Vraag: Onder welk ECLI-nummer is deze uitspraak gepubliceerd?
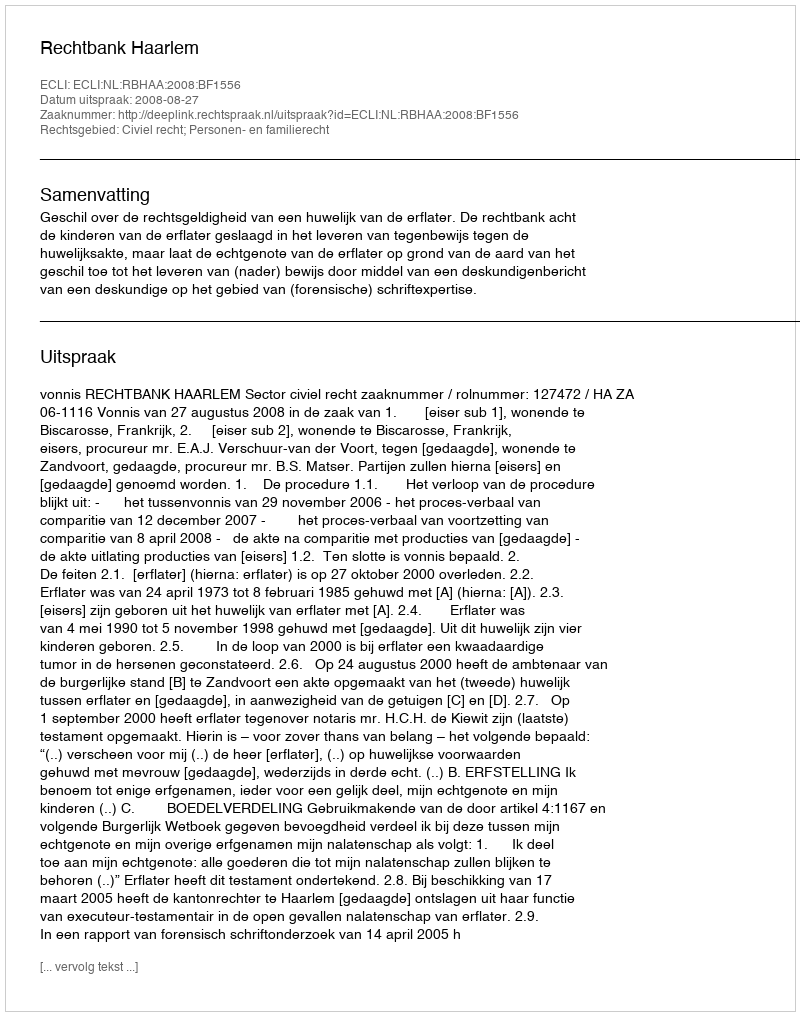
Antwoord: ECLI:NL:RBHAA:2008:BF1556